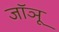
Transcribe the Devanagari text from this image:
जॉञू